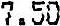
7.50